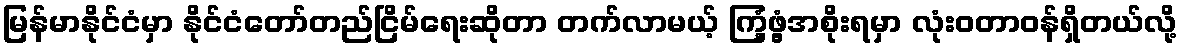
မြန်မာနိုင်ငံမှာ နိုင်ငံတော်တည်ငြိမ်ရေးဆိုတာ တက်လာမယ့် ကြံ့ဖွံ့အစိုးရမှာ လုံးဝတာဝန်ရှိတယ်လို့